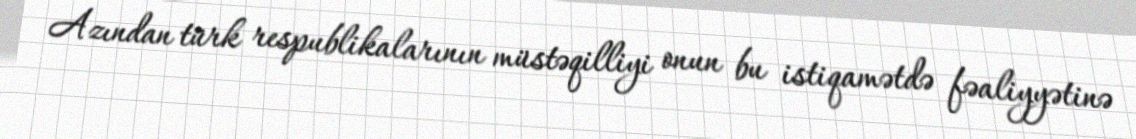
Azından türk respublikalarının müstəqilliyi onun bu istiqamətdə fəaliyyətinə